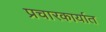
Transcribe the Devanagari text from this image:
प्रचारकार्यात